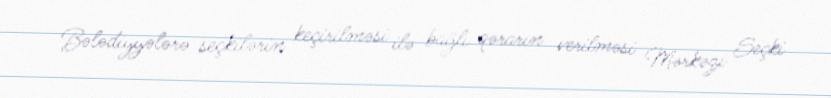
Bələdiyyələrə seçkilərin keçirilməsi ilə bağlı qərarın verilməsi Mərkəzi Seçki